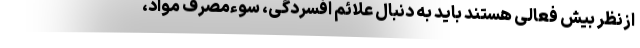
ازنظر بیش فعالی هستند باید به دنبال علائم افسردگی، سوءمصرف مواد،